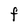
Character: F